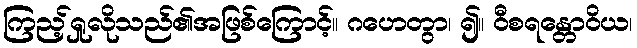
ကြည့်ရှုလိုသည်၏အဖြစ်ကြောင့်။ ဂဟေတွာ၊ ၍။ ဝီစရန္တောဝိယ၊